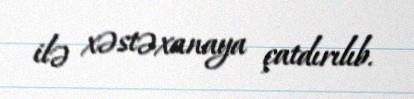
ilə xəstəxanaya çatdırılıb.